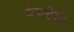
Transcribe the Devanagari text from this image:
लिओंशी